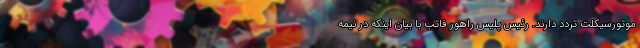
موتورسیکلت تردد دارند. رئیس پلیس راهور فاتب با بیان اینکه در نیمه